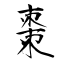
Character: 棗